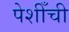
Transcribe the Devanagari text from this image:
पेशीँची